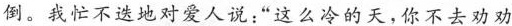
倒。我忙不迭地对爱人说：“这么冷的天，你不去劝劝